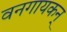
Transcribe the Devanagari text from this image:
वनगायकन्